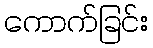
ကောက်ခြင်း